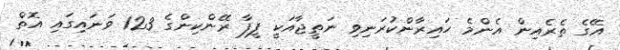
އޭގެ ތެރެއިން އެންމެ ހައިރާންކުރަނިވި ނަތީޖާއަކީ ފީފާ ރޭންކިންގެ 123 ވަނައިގައި އޮތް